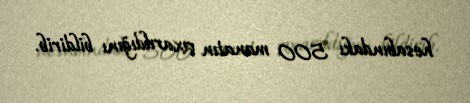
hesabındakı 500 manatın çıxarıldığını bildirib.